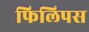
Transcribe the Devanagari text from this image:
फिलिपस